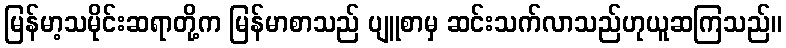
မြန်မာ့သမိုင်းဆရာတို့က မြန်မာစာသည် ပျူစာမှ ဆင်းသက်လာသည်ဟုယူဆကြသည်။